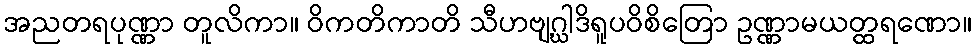
အညတရပုဏ္ဏာ တူလိကာ။ ဝိကတိကာတိ သီဟဗျဂ္ဃါဒိရူပဝိစိတြော ဥဏ္ဏာမယတ္ထရဏော။